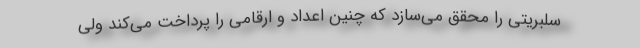
سلبریتی را محقق می‌سازد که چنین اعداد و ارقامی را پرداخت می‌کند ولی